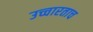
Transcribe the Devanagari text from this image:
उच्चारताच